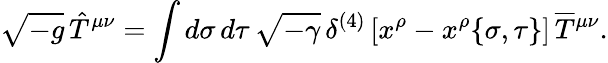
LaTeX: \sqrt{-g}\, \hat{T}^{\mu\nu}=\int d\sigma\, d\tau\, \sqrt{-\gamma}\, \delta^{(4)}\left[x^{\rho}-x^{\rho}\{ \sigma,\tau\} \right]\, \overline{{T}}{^{\mu\nu}}.